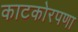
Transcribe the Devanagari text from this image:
काटकोरपणा